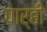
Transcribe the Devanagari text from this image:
चार्‍ही